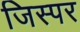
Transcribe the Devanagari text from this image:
जिस्पर